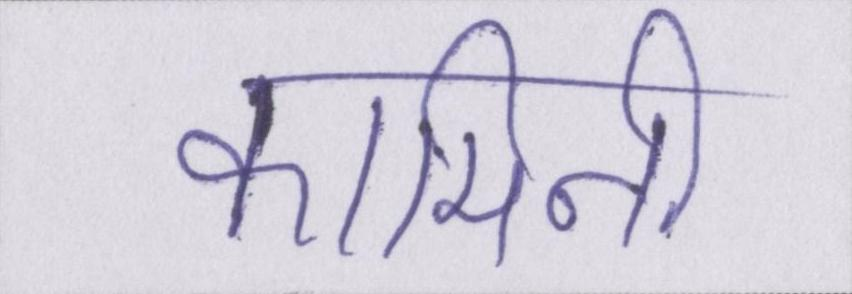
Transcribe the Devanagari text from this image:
कामिनी